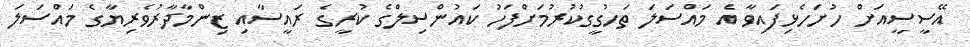
އޭސީސީއަށް ހުށަހެޅިފައިވާ އެ މައްސަލަ ތަހުގީގުކުރުމަށްފަހު ކައުންސިލްގެ ކުރީގެ ރައީސާއި ޒިންމާދާރުވެރިޔާގެ މައްސަލަ